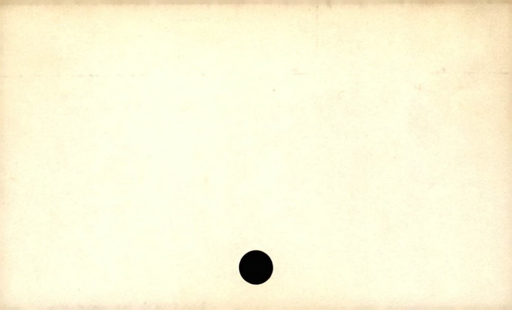
Label: blank